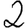
Digit: 2